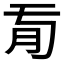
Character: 𦘼